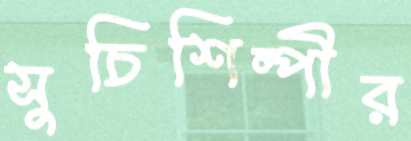
সুচিশিল্পীর